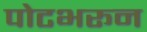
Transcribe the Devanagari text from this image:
पोटभरून